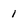
Character: 1